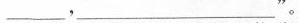
___，___‘’。